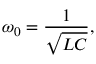
\omega _ { 0 } = { \frac { 1 } { \sqrt { L C } } } ,